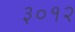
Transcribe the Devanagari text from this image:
३०१२